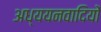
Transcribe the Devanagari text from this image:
अध्ययनवादियों